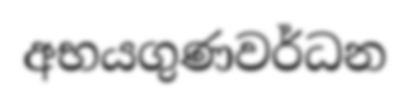
අභයගුණවර්ධන